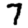
Digit: 7